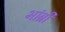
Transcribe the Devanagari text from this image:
भांब्री